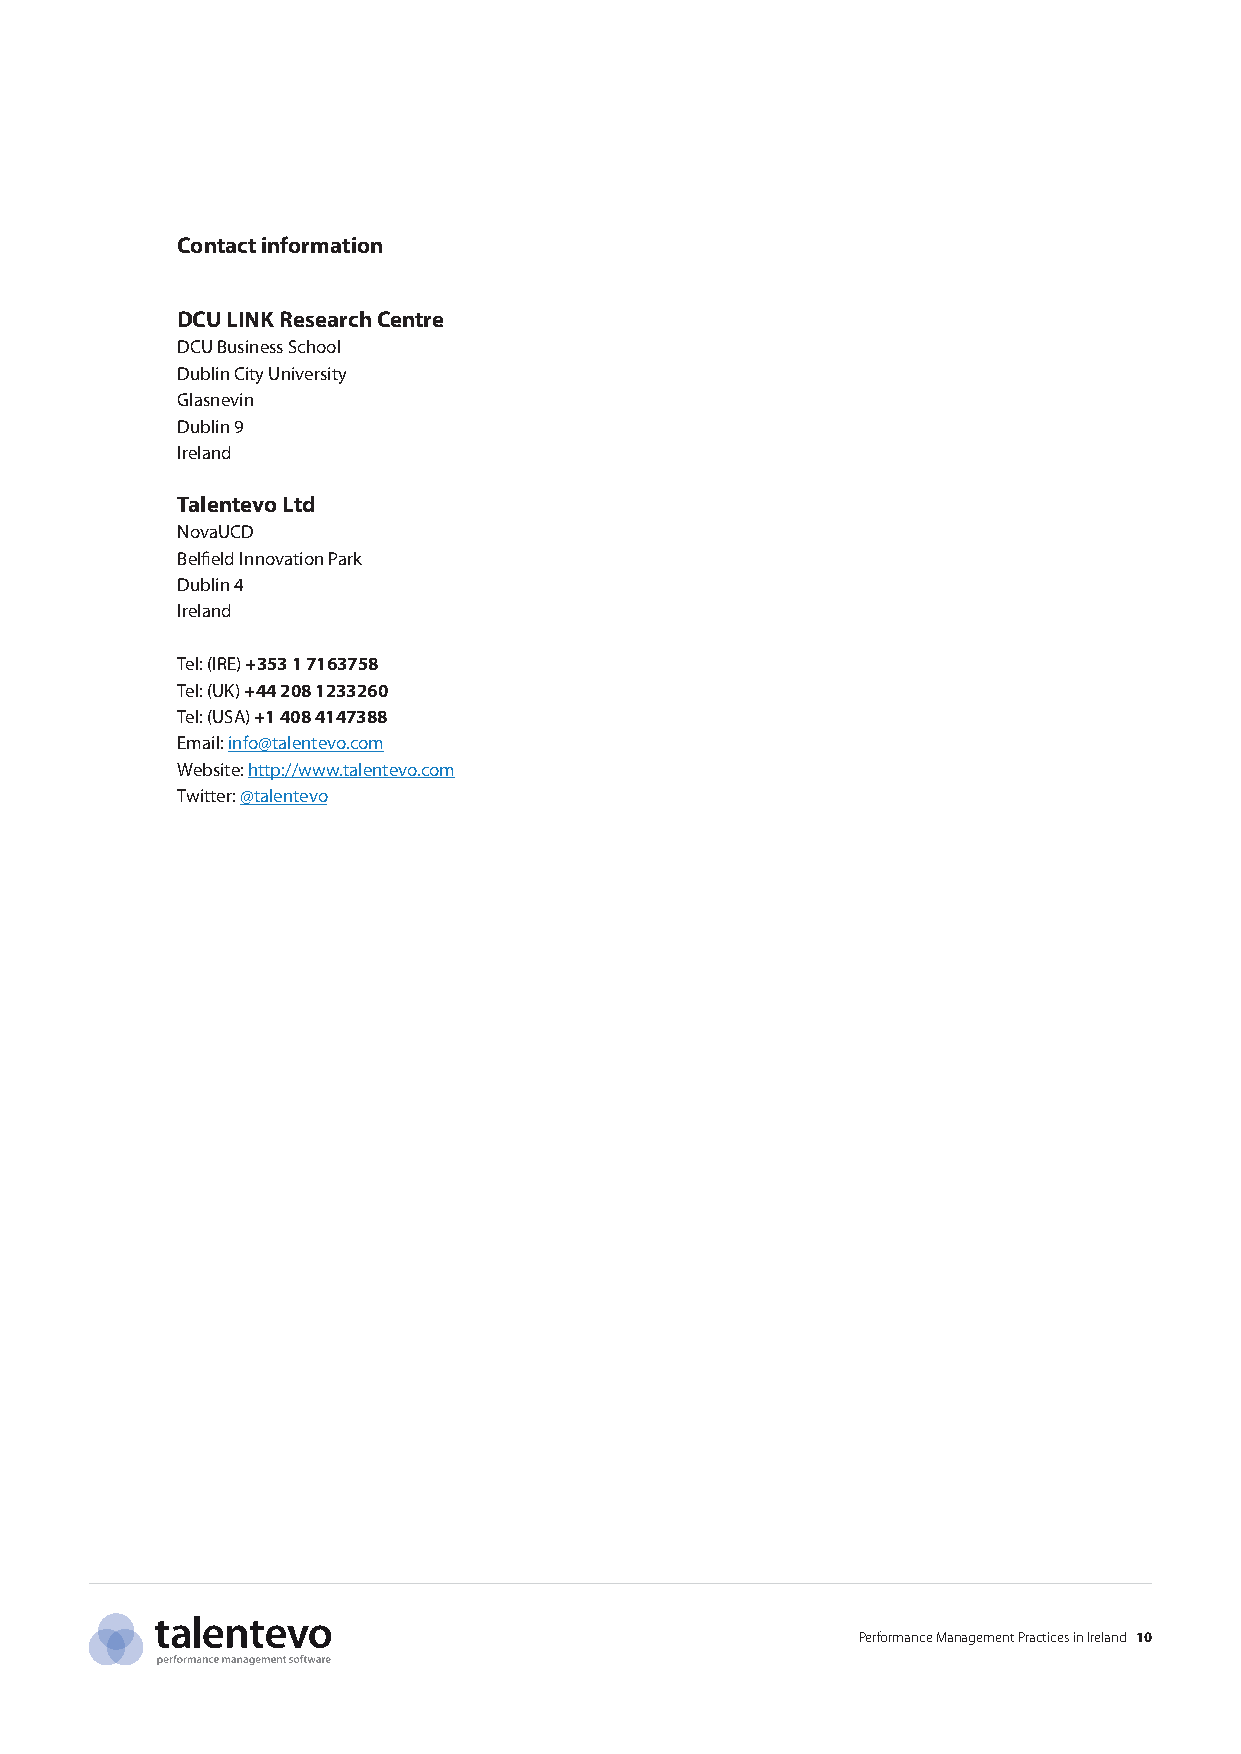
Contact information
 DCU LINK Research Centre
 DCU Business School
 Dublin City University
 Glasnevin
 Dublin 9
 Ireland
 Talentevo Ltd
 NovaUCD
 Belfield Innovation Park
 Dublin 4
 Ireland
 Tel: (IRE) +353 1 7163758
 Tel: (UK) +44 208 1233260
 Tel: (USA) +1 408 4147388
 Email: info@talentevo.com
 Website: http://www.talentevo.com
 Twitter: @talentevo
 Performance Management Practices in Ireland 10